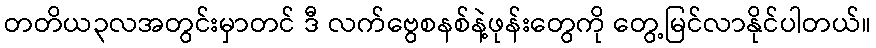
တတိယ၃လအတွင်းမှာတင် ဒီ လက်ဗွေစနစ်နဲ့ဖုန်းတွေကို တွေ့မြင်လာနိုင်ပါတယ်။